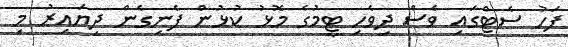
ފަހު ސެޓްގައި ވެސް ދިވެހި ޓީމުގެ މޮޅު ކުޅުން ފެނިގެން ދިޔައިރު މި